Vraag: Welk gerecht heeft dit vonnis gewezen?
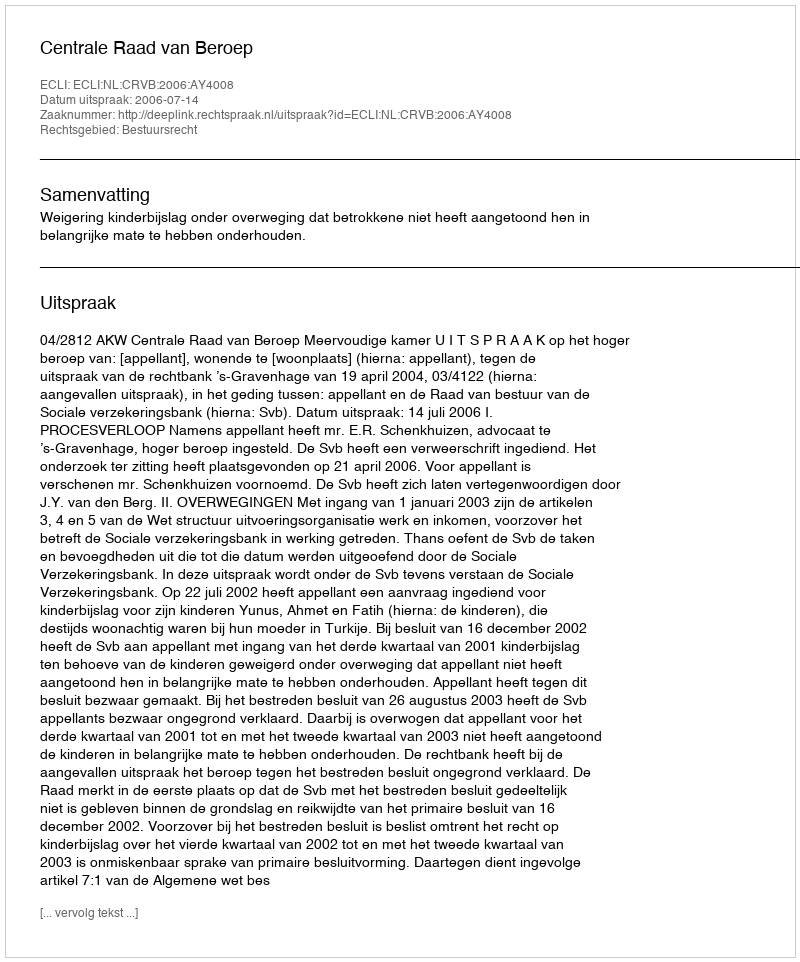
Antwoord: Centrale Raad van Beroep